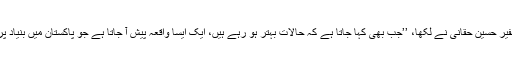
امریکا میں پاکستان کے سابق سفیر حسین حقانی نے لکھا، ’’جب بھی کہا جاتا ہے کہ حالات بہتر ہو رہے ہیں، ایک ایسا واقعہ پیش آ جاتا ہے جو پاکستان میں بنیاد پرستی کے مسائل ظاہر کرتا ہے۔